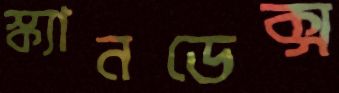
স্ক্যানডেক্স